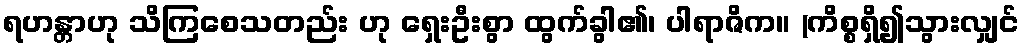
ရဟန္တာဟု သိကြစေသတည်း ဟု ရှေးဦးစွာ ထွက်ခွါ၏၊ ပါရာဇိက။ (ကိစ္စရှိ၍သွားလျှင်